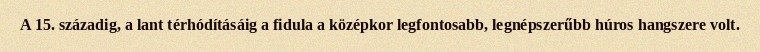
A 15. századig, a lant térhódításáig a fidula a középkor legfontosabb, legnépszerűbb húros hangszere volt.